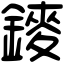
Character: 䥑